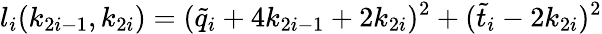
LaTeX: l_{i}(k_{2i-1},k_{2i})=(\tilde{q}_{i}+4k_{2i-1}+2k_{2i})^{2}+(\tilde{t}_{i}-2k_{2i})^{2}